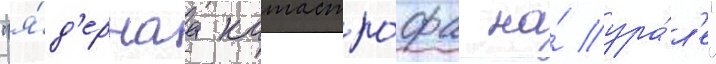
"я́д'ернаа катастро́фа на́ ура́л'е"